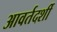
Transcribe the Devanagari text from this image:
आवर्तदर्शी